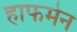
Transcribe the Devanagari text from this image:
हाफमेन